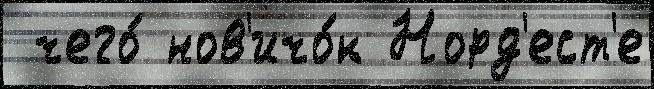
 чего́ нов'ичо́к Норд'ест'е